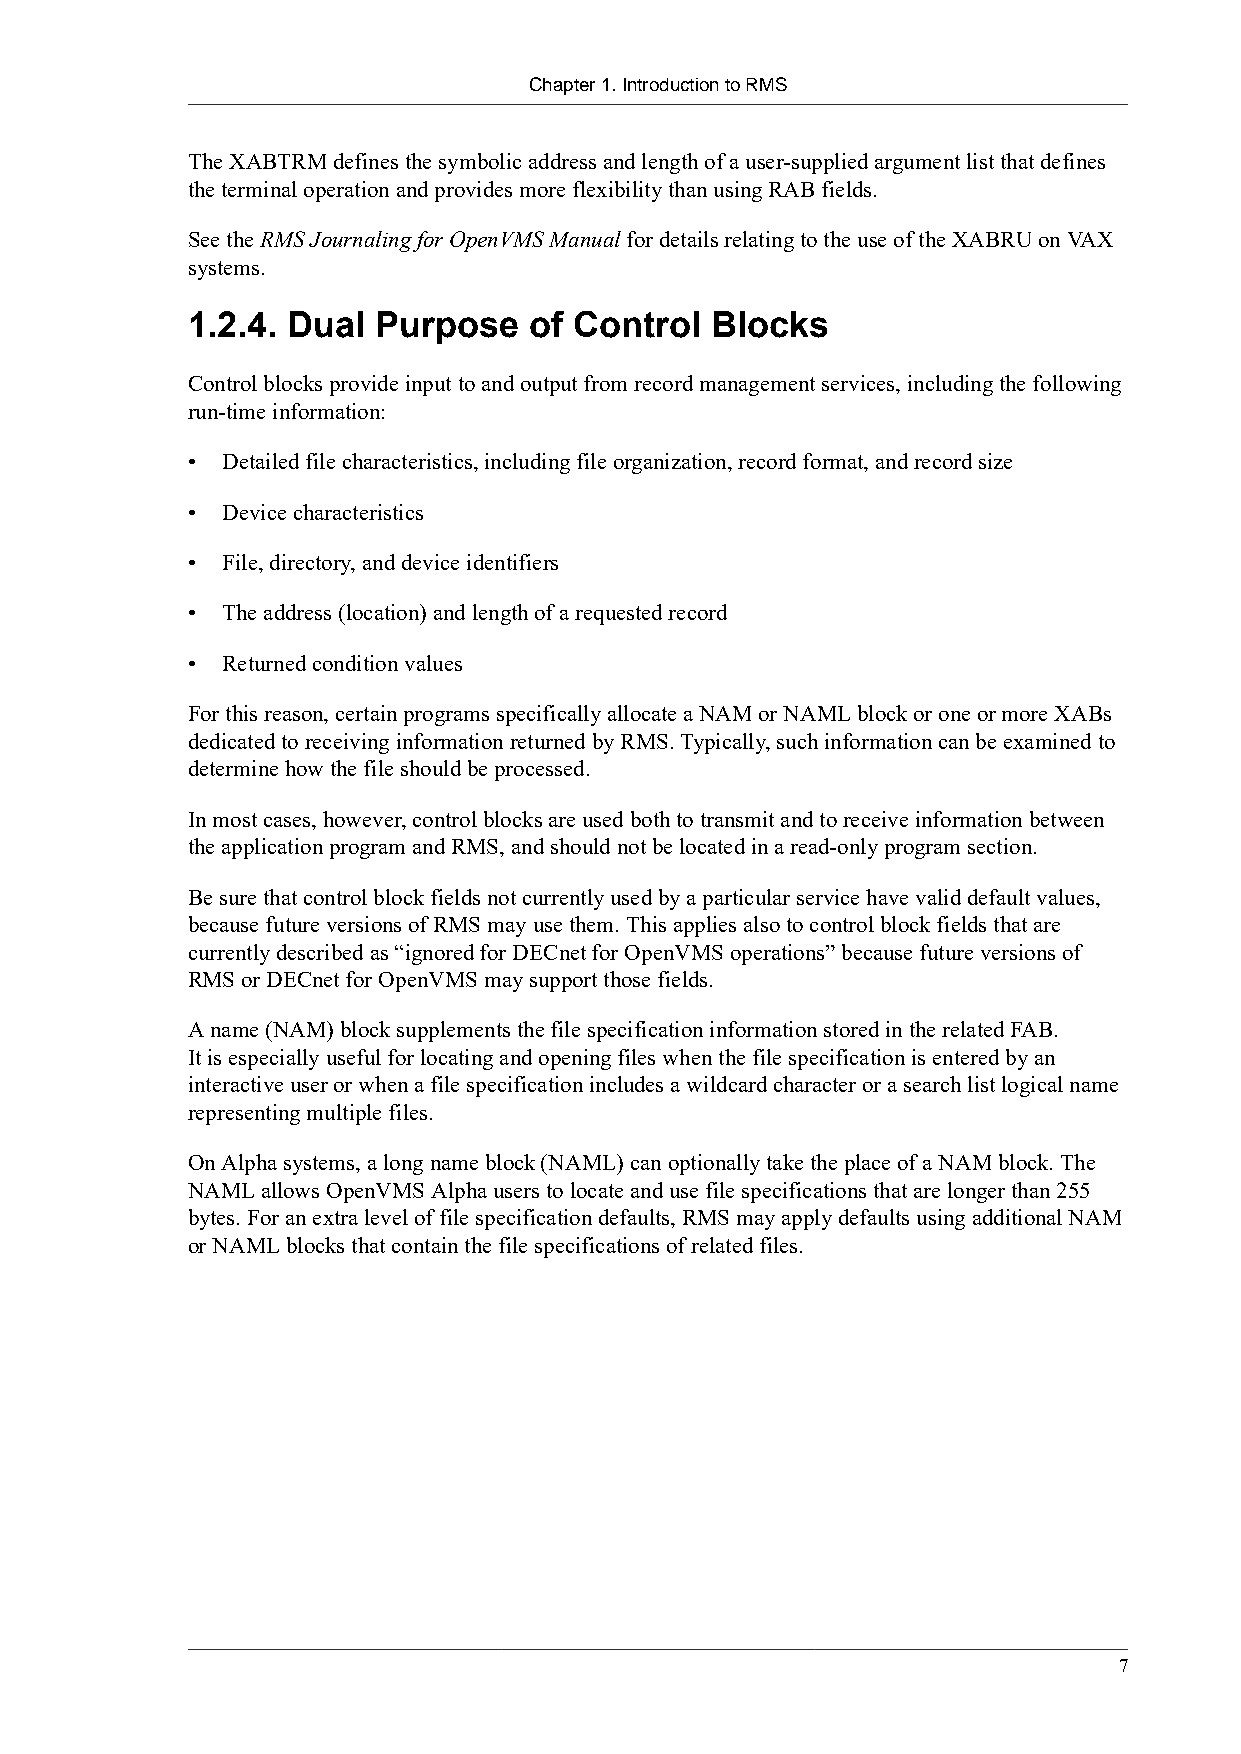
Chapter 1. Introduction to RMS
 The XABTRM defines the symbolic address and length of a user-supplied argument list that defines
 the terminal operation and provides more flexibility than using RAB fields.
 See the RMS Journaling for OpenVMS Manual for details relating to the use of the XABRU on VAX
 systems.
 1.2.4. Dual  Purpose   of Control  Blocks
 Control blocks provide input to and output from record management services, including the following
 run-time information:
 •  Detailed file characteristics, including file organization, record format, and record size
 •  Device characteristics
 •  File, directory, and device identifiers
 •  The address (location) and length of a requested record
 •  Returned condition values
 For this reason, certain programs specifically allocate a NAM or NAML block or one or more XABs
 dedicated to receiving information returned by RMS. Typically, such information can be examined to
 determine how the file should be processed.
 In most cases, however, control blocks are used both to transmit and to receive information between
 the application program and RMS, and should not be located in a read-only program section.
 Be sure that control block fields not currently used by a particular service have valid default values,
 because future versions of RMS may use them. This applies also to control block fields that are
 currently described as “ignored for DECnet for OpenVMS operations” because future versions of
 RMS or DECnet for OpenVMS may support those fields.
 A name (NAM) block supplements the file specification information stored in the related FAB.
 It is especially useful for locating and opening files when the file specification is entered by an
 interactive user or when a file specification includes a wildcard character or a search list logical name
 representing multiple files.
 On Alpha systems, a long name block (NAML) can optionally take the place of a NAM block. The
 NAML allows OpenVMS Alpha users to locate and use file specifications that are longer than 255
 bytes. For an extra level of file specification defaults, RMS may apply defaults using additional NAM
 or NAML blocks that contain the file specifications of related files.
 7